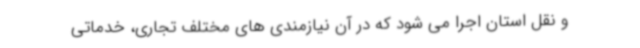
و نقل استان اجرا می شود که در آن نیازمندی های مختلف تجاری، خدماتی